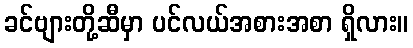
ခင်ဗျားတို့ဆီမှာ ပင်လယ်အစားအစာ ရှိလား။